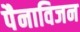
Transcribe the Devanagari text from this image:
पैनाविजन